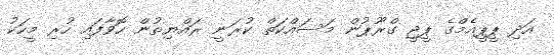
އަދި ޕީޕީއެމްގެ ޕީޖީ ގްރޫޕުން މަސައްކަތް ކުރަނީ ރައްޔިތުން ހޮވާފައި ހުރި މީހަކު